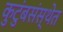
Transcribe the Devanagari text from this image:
कुटुंबसंस्थेत